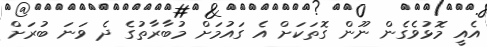
އެއީ މޮޅުވެގެން ނޫން ގޮތަކަށް އެ ގައުމަށް މުބާރާތުގެ ދެ ވަނަ ބުރަށް